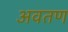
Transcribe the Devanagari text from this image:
अवतण